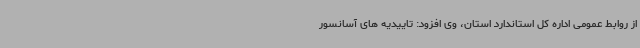
از روابط عمومی اداره کل استاندارد استان، وی افزود: تاییدیه های آسانسور